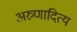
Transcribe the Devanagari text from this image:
अरुणादित्य